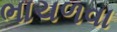
ભાચળવા